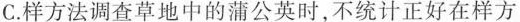
C.样方法调查草地中的蒲公英时,不统计正好在样方